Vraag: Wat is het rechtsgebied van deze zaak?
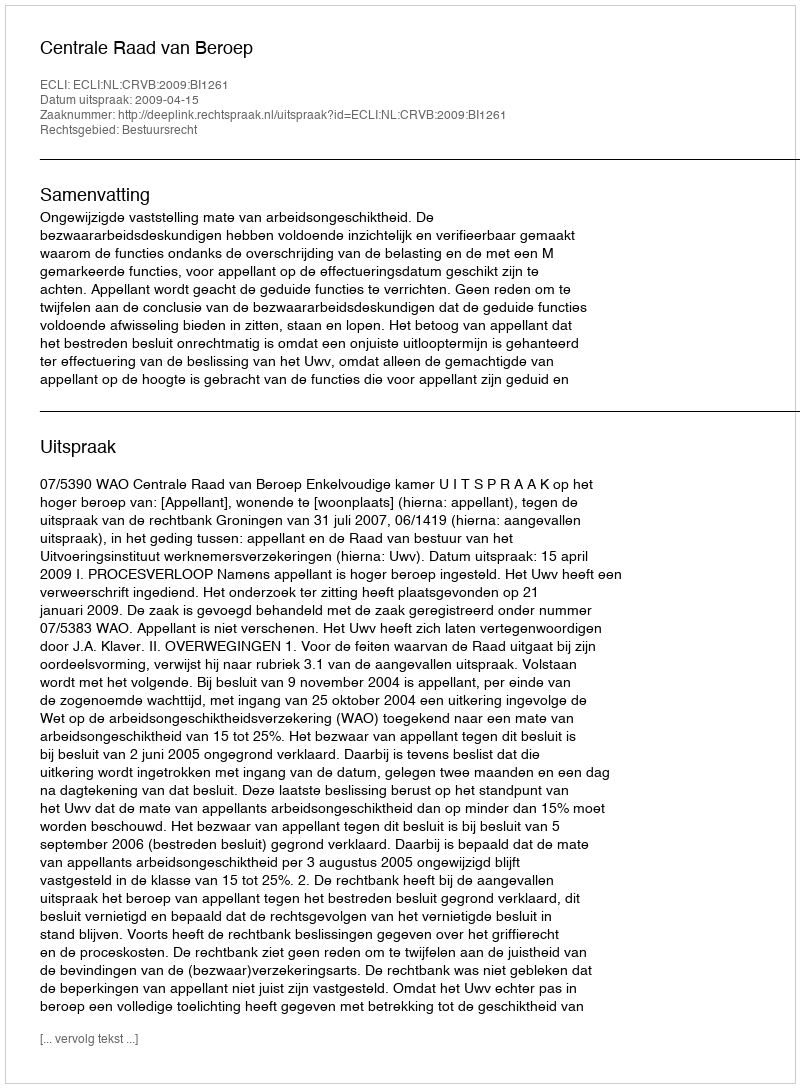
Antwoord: Bestuursrecht